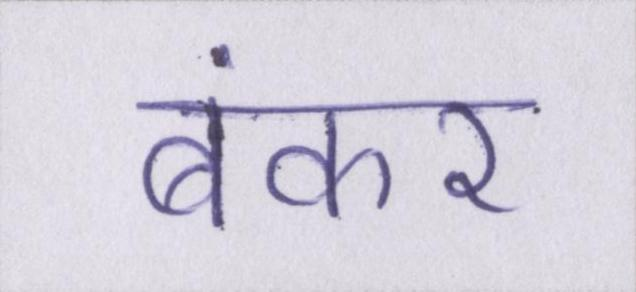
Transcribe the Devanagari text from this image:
बंकर